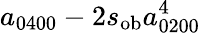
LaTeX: a_{0400}-2s_{\mathrm{ob}}a_{0200}^{4}